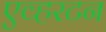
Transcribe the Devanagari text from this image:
एव्हरटन